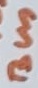
Text: Bus